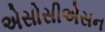
એસોસીએસન